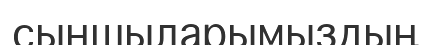
сыншыларымыздың